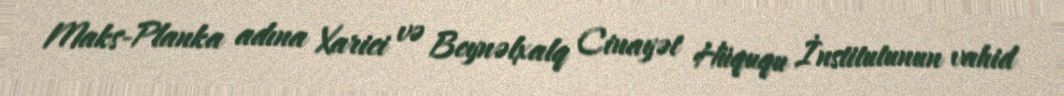
Maks-Planka adına Xarici və Beynəlxalq Cinayət Hüququ İnstitutunun vahid